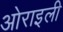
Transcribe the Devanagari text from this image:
ओराइली